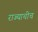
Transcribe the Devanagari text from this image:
राज्याचीच